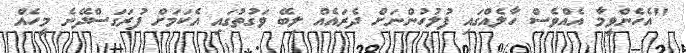
"އެހެންވީމާ އެއްވެސް ހާލެއްގައި ފުލުހުންނަށް ދެރައެއް ލިބޭ ވަގުތުގައި އެކަމަށް ފުރަގަސްދޭނެ މީހެއް